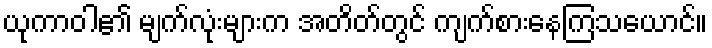
ယုကာဝါ၏ မျက်လုံးများက အတိတ်တွင် ကျက်စားနေကြသယောင်။